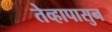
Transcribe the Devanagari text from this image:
तेव्हापासुन